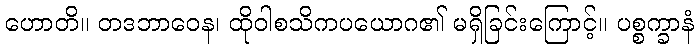
ဟောတိ။ တဒဘာဝေန၊ ထိုဝါစသိကပယောဂ၏ မရှိခြင်းကြောင့်။ ပစ္စက္ခာနံ